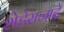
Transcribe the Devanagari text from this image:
शेहेराजादे